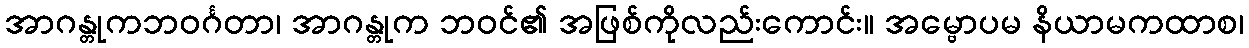
အာဂန္တုကဘဝင်္ဂတာ၊ အာဂန္တုက ဘဝင်၏ အဖြစ်ကိုလည်းကောင်း။ အမ္ဗောပမ နိယာမကထာစ၊